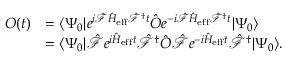
\begin{array} { r l } { O ( t ) } & { = \langle \Psi _ { 0 } | e ^ { i \hat { \mathcal { F } } \hat { H } _ { \mathrm { e f f } } \hat { \mathcal { F } } ^ { \dagger } t } \hat { O } e ^ { - i \hat { \mathcal { F } } \hat { H } _ { \mathrm { e f f } } \hat { \mathcal { F } } ^ { \dagger } t } | \Psi _ { 0 } \rangle } \\ & { = \langle \Psi _ { 0 } | \hat { \mathcal { F } } e ^ { i \hat { H } _ { \mathrm { e f f } } t } \hat { \mathcal { F } } ^ { \dagger } \hat { O } \hat { \mathcal { F } } e ^ { - i \hat { H } _ { \mathrm { e f f } } t } \hat { \mathcal { F } } ^ { \dagger } | \Psi _ { 0 } \rangle . } \end{array}